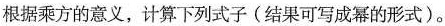
根据乘方的意义，计算下列式子(结果可写成幂的形式)。